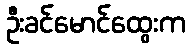
ဦးခင်မောင်ထွေးက